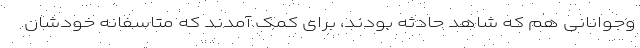
وجوانانی هم که شاهد حادثه بودند، برای کمک آمدند که متاسفانه خودشان